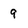
Character: 9